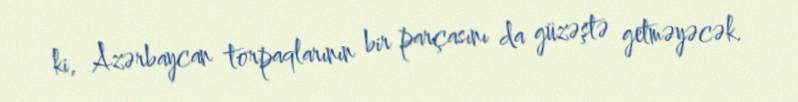
ki, Azərbaycan torpaqlarının bir parçasını da güzəştə getməyəcək.